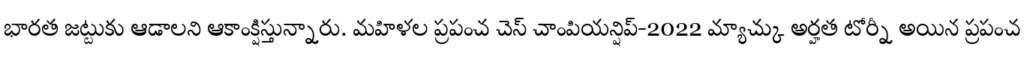
భారత జట్టుకు ఆడాలని ఆకాంక్షిస్తున్నారు. మహిళల ప్రపంచ చెస్ చాంపియన్షిప్-2022 మ్యాచ్కు అర్హత టోర్నీ అయిన ప్రపంచ